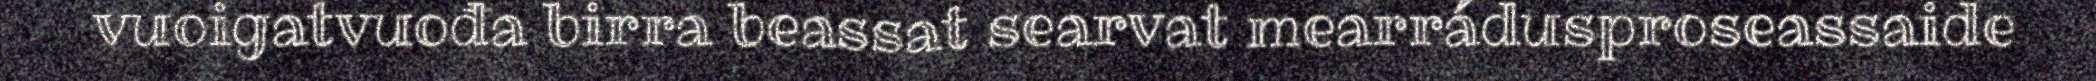
vuoigatvuođa birra beassat searvat mearrádusproseassaide